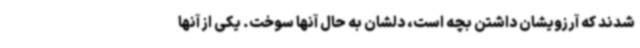
شدند که آرزویشان داشتن بچه است، دلشان به حال آنها سوخت. یکی از آنها